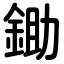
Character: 鋤